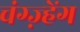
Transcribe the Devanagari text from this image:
चंग्ज़्हेंग